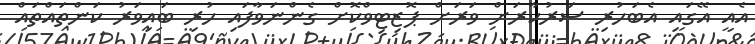
އެއީ އޭގައި އެބަހުރި ސަރުކާރަށް ވަރަށް ޕޮޒިޓިވްކޮށް ގެންނަވާފައި ހުރި ބައިވަރު ކަންތައްތައް